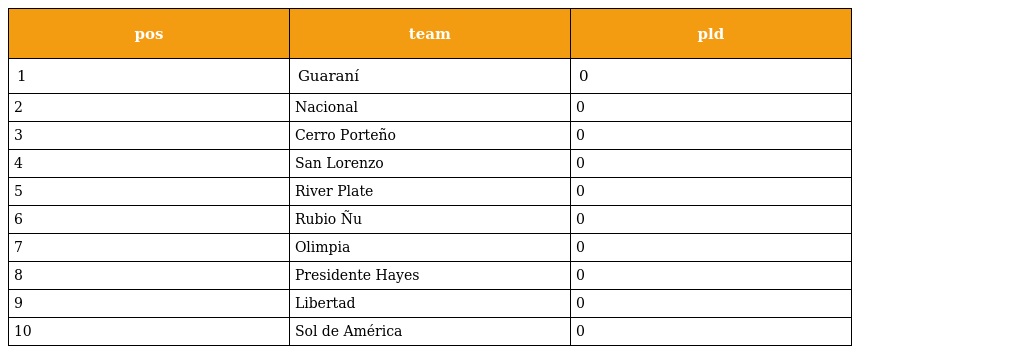
| pos | team | pld |
 | --- | --- | --- |
 | 1 | Guaraní | 0 |
 | 2 | Nacional | 0 |
 | 3 | Cerro Porteño | 0 |
 | 4 | San Lorenzo | 0 |
 | 5 | River Plate | 0 |
 | 6 | Rubio Ñu | 0 |
 | 7 | Olimpia | 0 |
 | 8 | Presidente Hayes | 0 |
 | 9 | Libertad | 0 |
 | 10 | Sol de América | 0 |